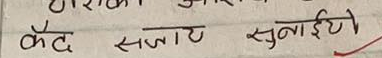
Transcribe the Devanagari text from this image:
कैद सजाट सुनाईटो